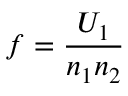
f = { \frac { U _ { 1 } } { n _ { 1 } n _ { 2 } } }